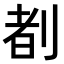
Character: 𪟈